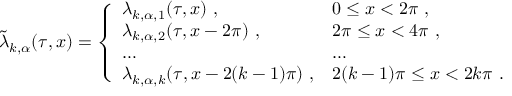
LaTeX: \tilde { \lambda } _ { k , \alpha } ( \tau , x ) = \left\{ \begin{array} { l l } { { \lambda _ { k , \alpha , 1 } ( \tau , x ) ~ , } } & { { 0 \leq x < 2 \pi ~ , } } \\ { { \lambda _ { k , \alpha , 2 } ( \tau , x - 2 \pi ) ~ , } } & { { 2 \pi \leq x < 4 \pi ~ , } } \\ { { \ldots } } & { { \ldots } } \\ { { \lambda _ { k , \alpha , k } ( \tau , x - 2 ( k - 1 ) \pi ) ~ , } } & { { 2 ( k - 1 ) \pi \leq x < 2 k \pi ~ . } } \end{array} \right.